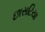
છાસટિયા